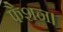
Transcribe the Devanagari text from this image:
फैशन।